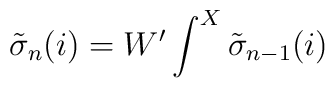
{\tilde \sigma}_n (i) = W' \int^X {\tilde \sigma}_{n-1} (i)